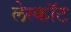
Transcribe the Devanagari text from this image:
लेस्कॉट